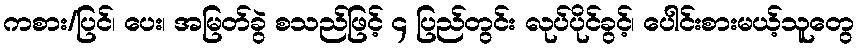
ကစား/ပြင်၊ ပေး၊ အမြတ်ခွဲ စသည်ဖြင့် ၄ ပြည်တွင်း လုပ်ပိုင်ခွင့်၊ ပေါင်းစားမယ့်သူတွေ